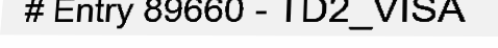
# Entry 89660 - TD2_VISA